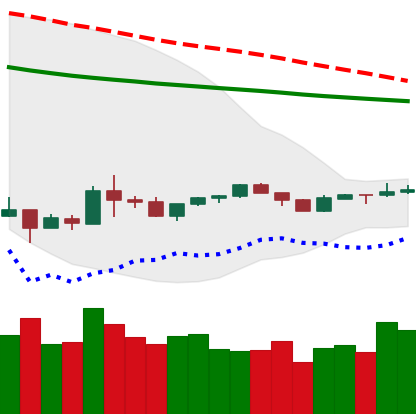
Ticker: XLM-USD
Chart end date: 2020-04-03
Forward return: 22.641%
Label: up_7plus